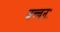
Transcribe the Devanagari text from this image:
बच्चनः